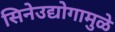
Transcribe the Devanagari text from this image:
सिनेउद्योगामुळे